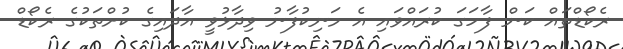
ރެކޯޑްތައް ކަން ފާހަގަ ކުރައްވައި އެ މަނިކުފާނު ވިދާޅުވީ އާދައިގެ ކުށްތަކުގެ ރެކޯޑް